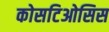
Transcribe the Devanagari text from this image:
कोसटिओसिस